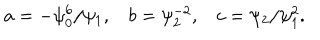
a = - \psi _ { 0 } ^ { 6 } / \psi _ { 1 } , \: \: \: \: b = \psi _ { 2 } ^ { - 2 } , \: \: \: \: c = \psi _ { 2 } / \psi _ { 1 } ^ { 2 } .